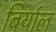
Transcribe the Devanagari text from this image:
बिर्याल